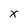
Character: X